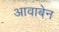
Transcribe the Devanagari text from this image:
आवाबेन